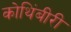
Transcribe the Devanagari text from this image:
कोथिंबीरी